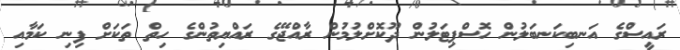
ރައީސްގެ އަނބިކަނބަލުން ހޮސްޕިޓަލުން ދޫކޮށްލުމުން ރާއްޖޭގެ ރައްޔިތުންގެ ހިތް ތަކަށް ފިނި ކަމާއި